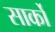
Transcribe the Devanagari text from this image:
सार्को